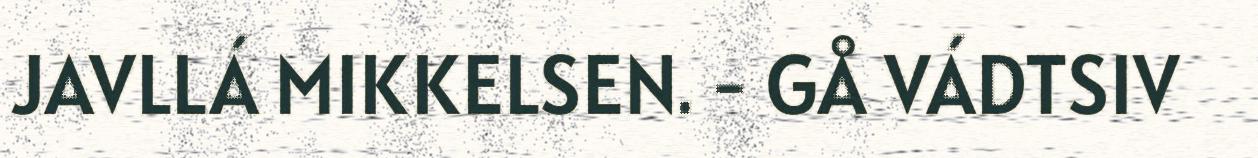
JAVLLÁ MIKKELSEN. - GÅ VÁDTSIV